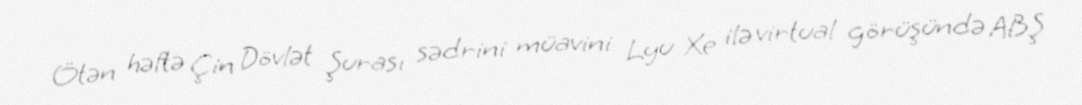
Ötən həftə Çin Dövlət Şurası sədrini müavini Lyu Xe ilə virtual görüşündə ABŞ